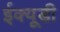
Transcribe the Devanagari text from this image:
ईक्यूडी